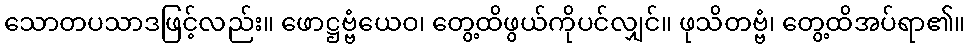
သောတပသာဒဖြင့်လည်း။ ဖောဋ္ဌဗ္ဗံယေဝ၊ တွေ့ထိဖွယ်ကိုပင်လျှင်။ ဖုသိတဗ္ဗံ၊ တွေ့ထိအပ်ရာ၏။